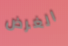
الغرض